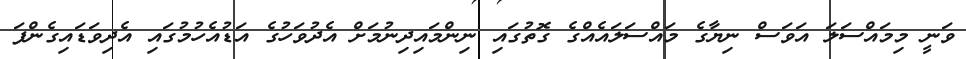
ވަނީ މިމައްސަލަ އަވަސް ނިޔާގެ މައްސަލައެއްގެ ގޮތުގައި ނިންމައިދިނުމަށް އެދުވަހުގެ އަޑުއެހުމުގައި އެދިވަޑައިގެންފަ